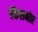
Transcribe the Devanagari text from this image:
बँकेसमोर